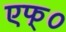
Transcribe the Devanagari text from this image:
एफ्०